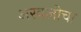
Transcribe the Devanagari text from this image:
अरवलीचा